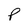
Character: P